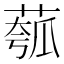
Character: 𫈻